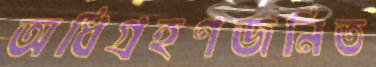
অধিগ্রহণজনিত